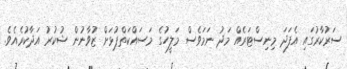
ސަރުކާރުގައި އެފަދަ މިނިސްޓަރެއް މަދު ނަމަވެސް މަލީހުގެ މަސައްކަތްޕުޅަށް ޒުވާނުން ޝުކުރު އަދާކުރެއެވެ.